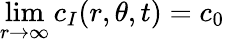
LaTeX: \operatorname*{lim}_{r\to\infty}c_{I}(r,\theta,t)=c_{0}